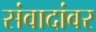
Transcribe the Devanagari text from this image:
संवादांवर